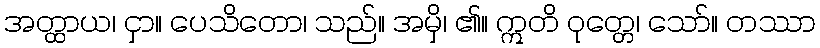
အတ္ထာယ၊ ငှာ။ ပေသိတော၊ သည်။ အမှိ၊ ၏။ ဣတိ ဝုတ္တေ၊ သော်။ တဿာ